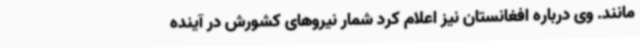
مانند. وی درباره افغانستان نیز اعلام کرد شمار نیروهای کشورش در آینده